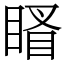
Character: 䁊